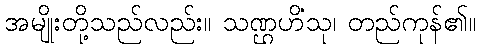
အမျိုးတို့သည်လည်း။ သဏ္ဌဟိံသု၊ တည်ကုန်၏။